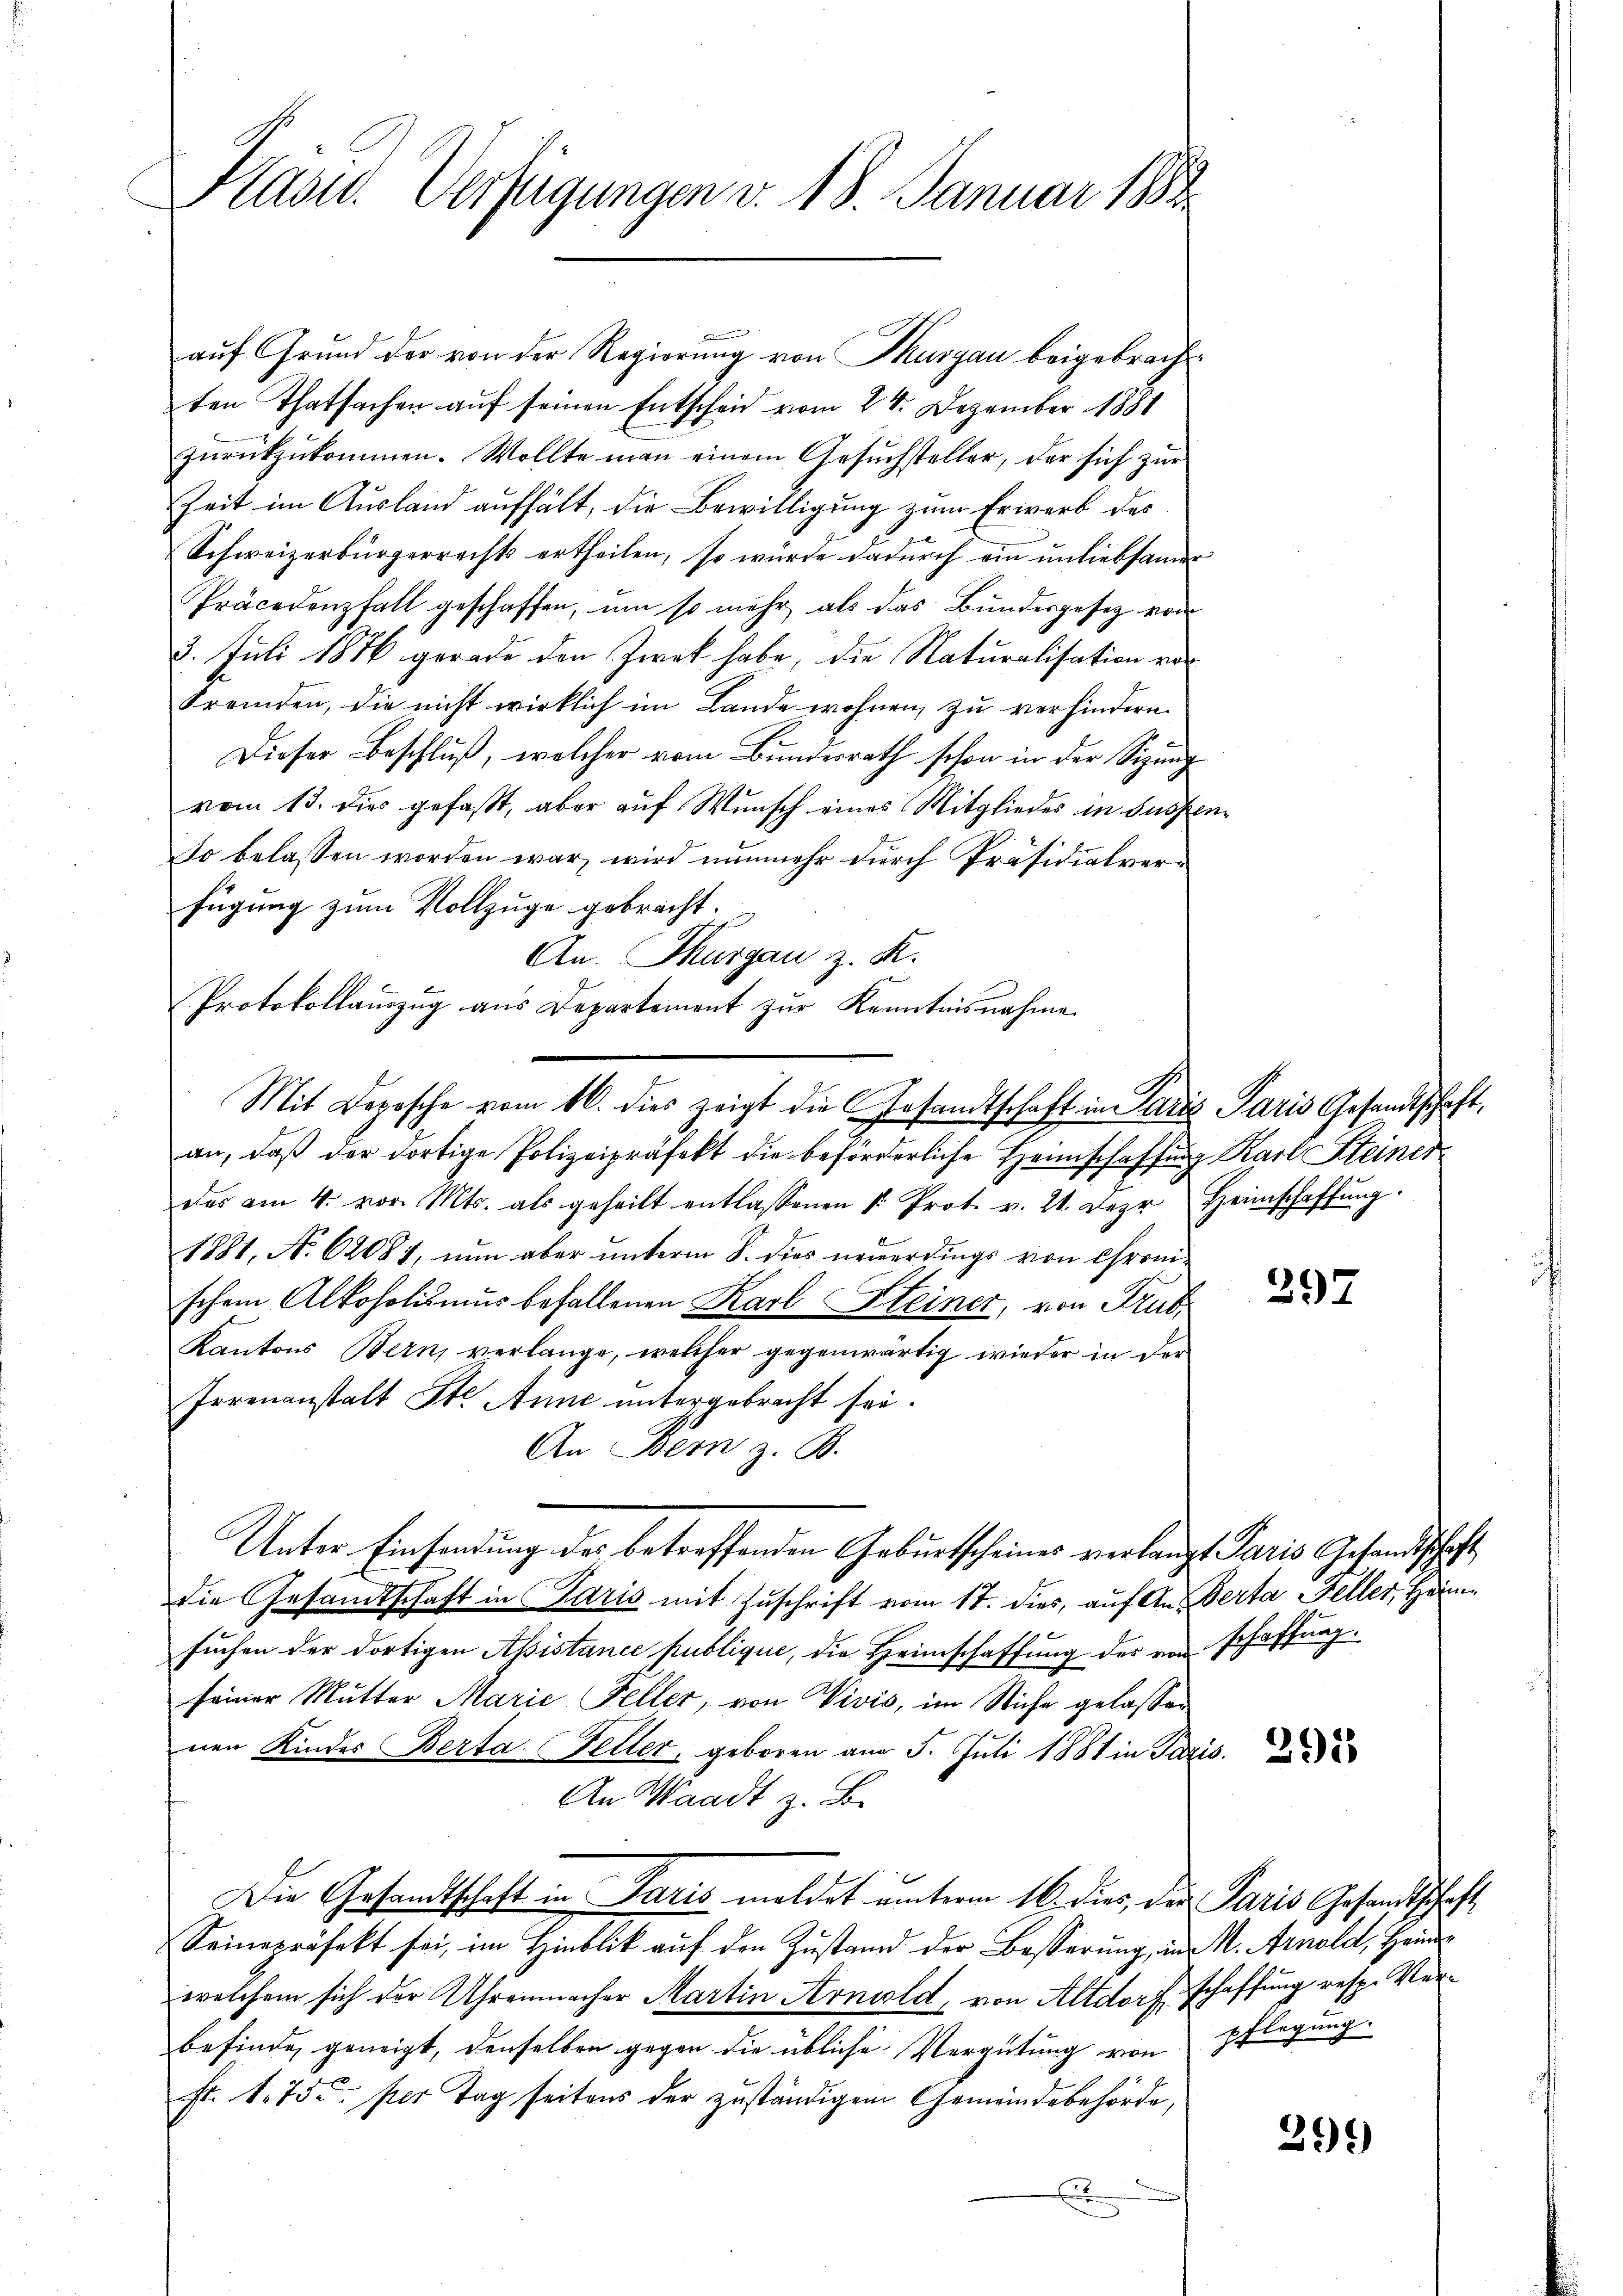
Präses Verfügungen v. 18. Januar 1882.

auf Grund der von der Regierung von Thurgau beigebrachten Thatsachen auf seinen Entscheid vom 24. Dezember 1881
zŭrückzŭkommen. Wollte man einem Gesŭchsteller, der sich zŭr
Zeit im Ausland aufhält, die Bewilligung zum Erwerb des
Schweizerbürgerrechts ertheilen, so würde dadurch ein unliebsamer
Präcedenfall geschaffen, um so mehr als das Bundesgesetz von
3. Juli 1876 gerade den Zweck habe, die Naturalisation vor
Fremden, die nicht wirklich im Lande wohnen, zu verhindern.
Dieser Beschlŭβ, welcher vom Bundesrath schon in der Sitzŭng
vom 13. dies gefaßt, aber auf Wunsch eines Mitgliedes in Busse
So belassen worden war, wird nunmehr durch Präsidialverfügung zum Vollzuge gebracht.
An. Thurgau z. K.
B
an, daß der dortige Polizeipräfekt die beförderliche Hannschaffung Karl Steiner
des am 4. vor. Mts. als geheilt entlassenen k. Prot. v. 21. Der Heimschaffŭng.
1881, No 62081, nun aber unterm 8. dies neuerdings von Chronischem Alkoholismus befallenen Karl Steiner, von Trub
Kantons Bern, verlange, welcher gegenwärtig wieder in der
Irrenanstalt St. Anne untergebracht sei.
An Bern z. B.
d
Unter Einsendung des betreffenden Geburtscheines verlangt Paris Gesandtschaft
die Gesandtschaft in Paris mit Zuschrift vom 17. dies, auf An Gerta Feller, Heimsuchen der dortigen Assistance publique, die Heimschaffung des von schaffung
seiner Mutter Marie Feller, von Vivis, im Stiche gelassen
nen Kindes Berta Feller, geboren am 5. Juli 1881 in Par
An Waadt z. B.
Die Gesandtschaft in Paris meldet unterm 16. dies, der Paris Gesandtschaft
Seine präfekt sei, im Hinblik auf den Zustand der Besserung, in M. Arnold, Heinwelchem sich der Uhrenmacher Martin Arnold, von Altdorf Schaffung resp. Verbefinde geneigt, denselben gegen die übliche Vergütung von
Fr. 175. per Tag seitens der zuständigem Gemeindebehörde,

Protokollauszug aus Departement zur Kenntnisnahme
Mit Deposche vom 16. dies zeigt die Gesandtschaft in Paris Paris Gesandtschaft,

x

297

10.

292

pflegung.

299)